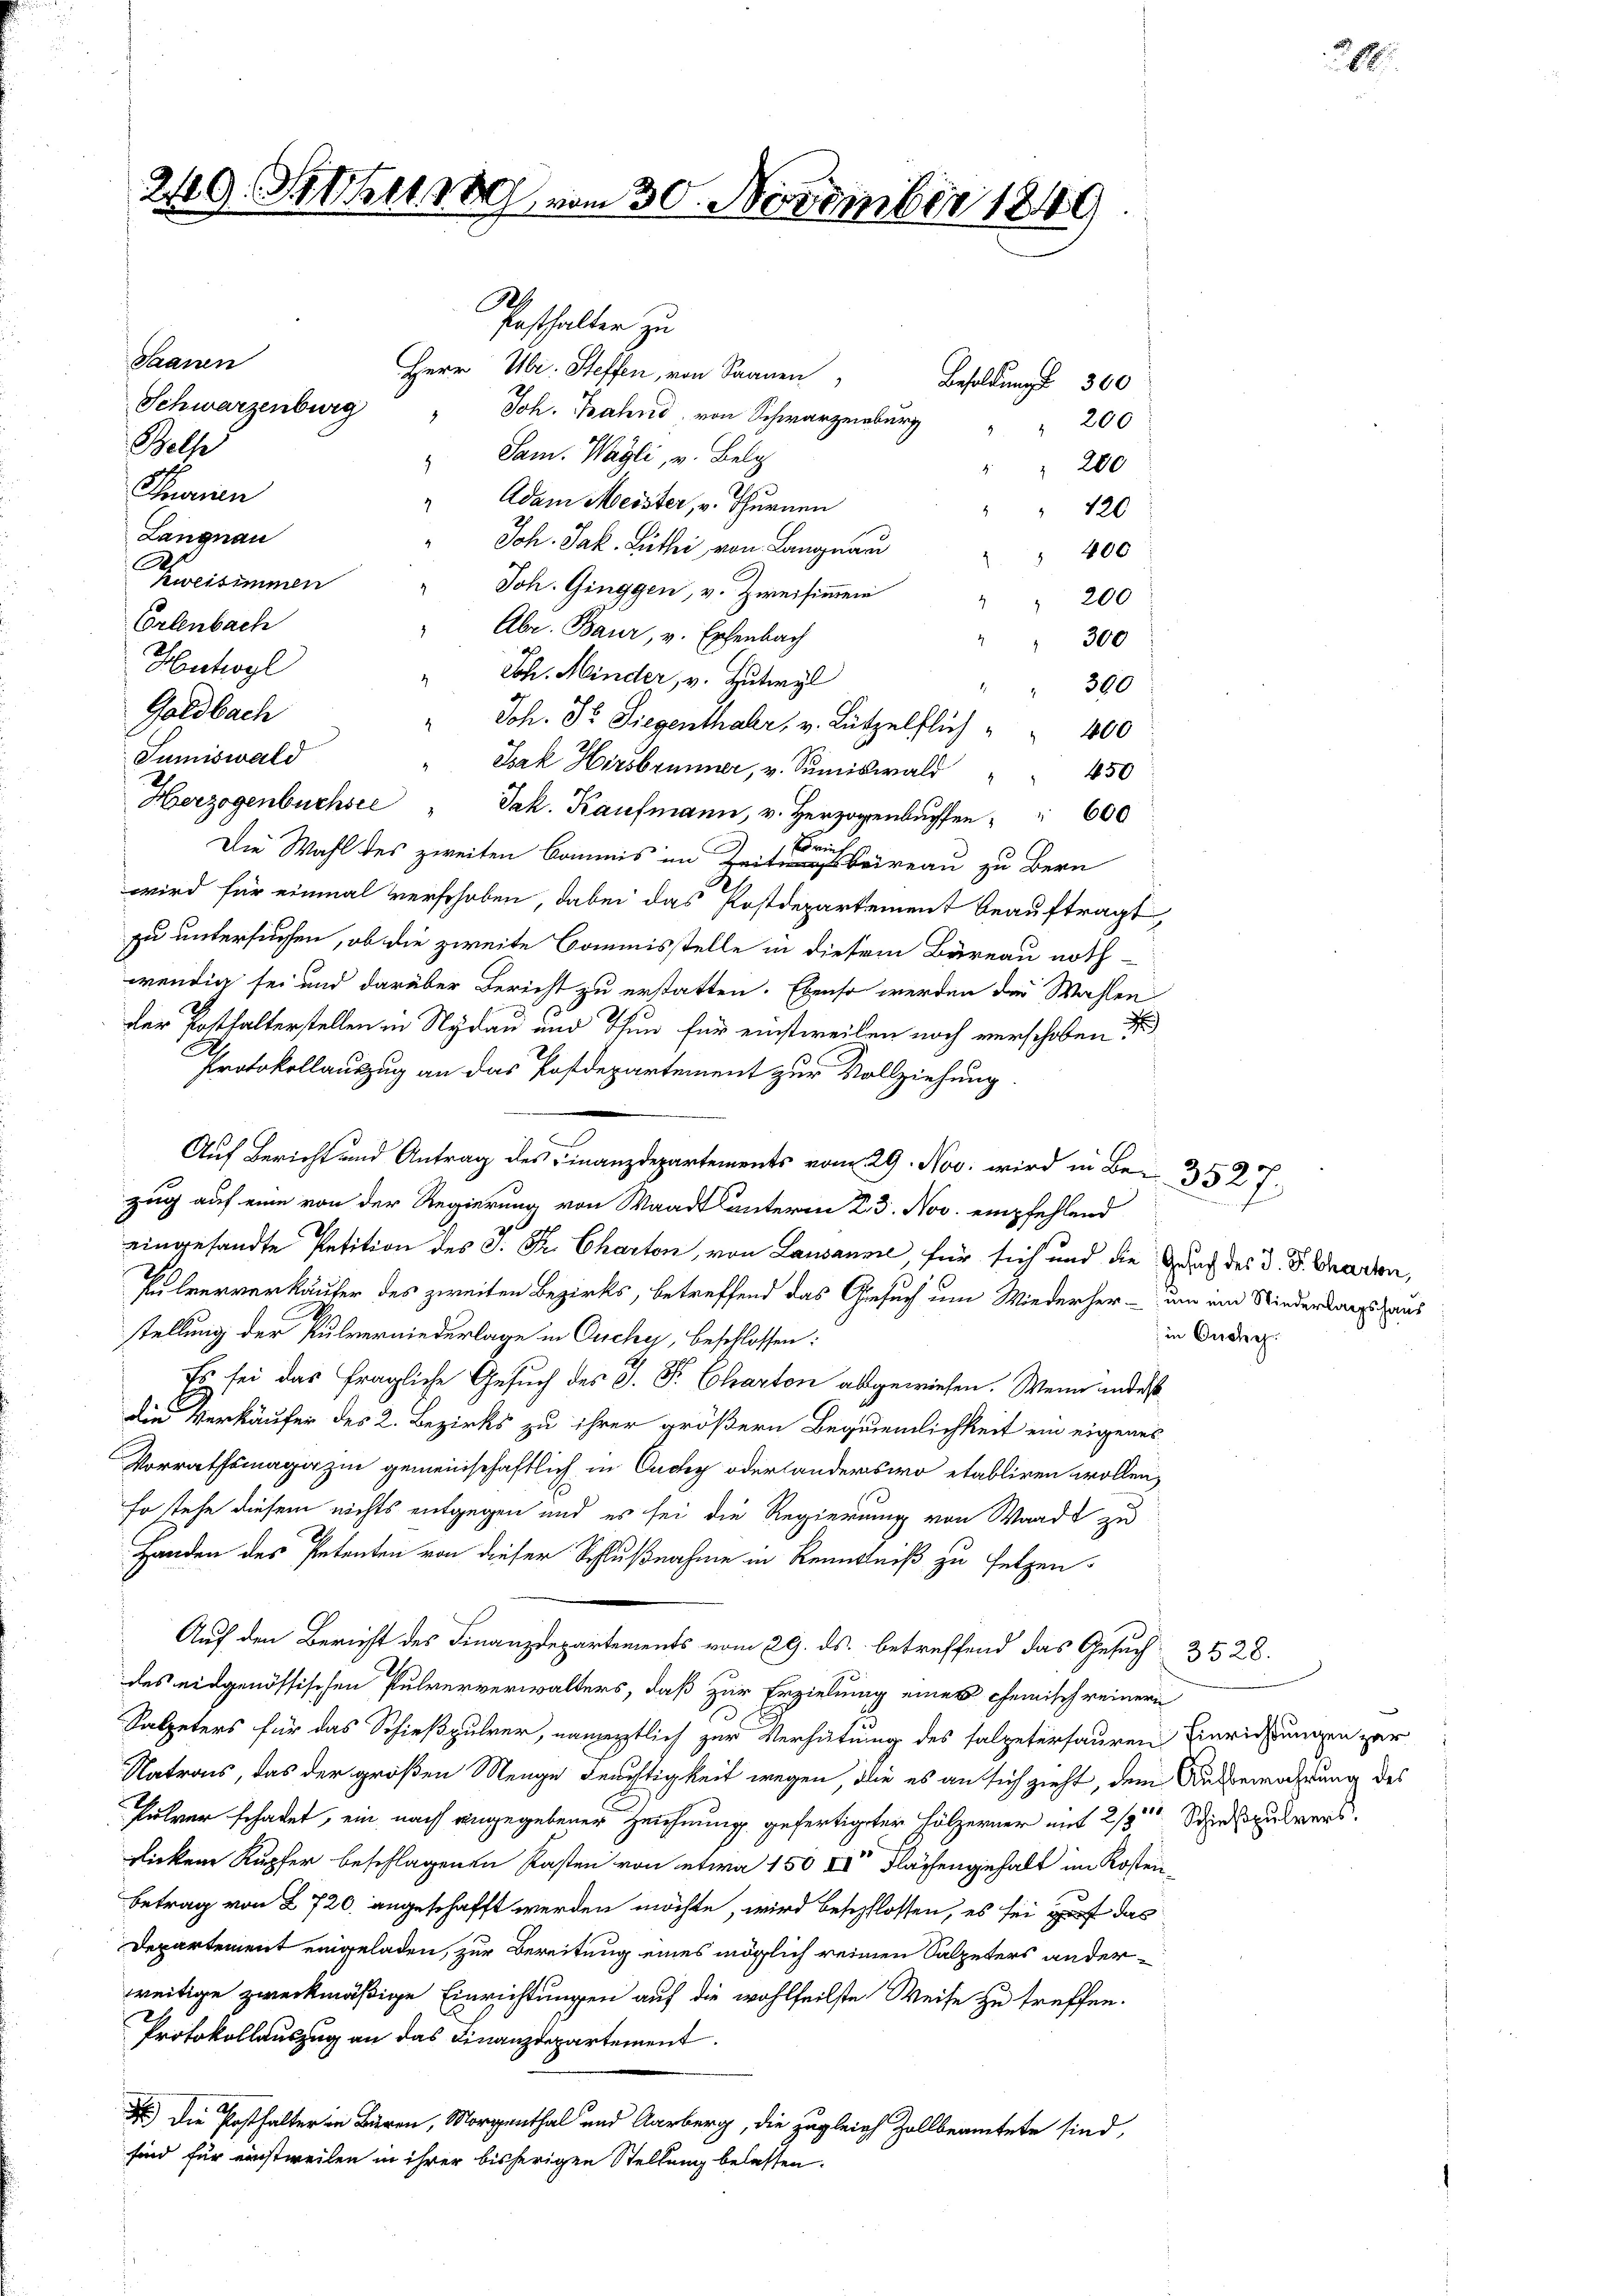
249. Sehr vom 30. November 1849

R
Posthalter zu
Saanen
Herr Ubr. Steffen, von Saanen
Besoldung 360
Schwarzenburg " Joh. Bahn von Schwarze " " 200
Belse
Sam. Wagli, v. Belg
" " 200
Tuorien
 Adam Meister, v. Thurnen
" 120
Langnau
Joh. Jak. Luthei von Langnau
" 400
Re
kweisimmen
Joh. Ginggen, v. Zweisimmen
200
.
.
Orlenbach
Abe. Baur, v. Ephenbach
" " 300
d
Huhogl
" Joh. Minder, v. Hutwyl
" 300
Goldbach
" Joh. Dr. Liegenthaler, v. Lützelflich
1800
Jumiswald
" Isak Hirsbrunner, v. Sumiswald " " 450
2
Herzogenbuchste
Jak. Kaufmann, v. Herzogenbuchen " " 600
Die Wahl des zweiten Commis im Zeitereau zu Bern
wird für einmal verschoben, dabei das Postdepartement beauftragt,
zu untersuchen, ob die zweite Commisstelle in diesem Büreau noth-
wendig sei und darüber Bericht zu erstatten. Ebenso werden die Wahlen
der Posthalterstellen in Nydau und Thun für einstweilen noch verschoben d
A
Protokollauszug an das Postdepartement zur Vollziehung
.
eingesandte Petition des J. Dr. Charten, von Lausanne, für sich und die Zunf des d. d. Graden,
Pulververkäufer des zweiten Bezirks, betreffend das Gesuch um Wiederher- um ein Niederlagshaus
stellung der Pulverniederlage in Ouchy, beschlossen:
Es sei das fragliche Gesuch des J. P. Charten abgewiesen. Wenn indes
die Verkäufer des 2. Bezirks zu ihrer größern Bequemlichkeit ein eigenes
Vorrathsmagazin gemeinschaftlich in Ouchy oder Landerswo etabliren wollen,
so stehe diesem nichts entgegen und es sei die Regierung von Waadt zu
Handen des Petenten von dieser Schlußnahme in Renntniß zu setzen.
Auf den Bericht des Finanzdepartements vom 29. ds. betreffend das Gesuch 3528.
des eidgenössischen Pulververwalters, daß zur Erzielung eines chemisch reinern
1
Salpeters für das Schießpulver, namentlich zur Verhütung des salzetersauren Einrichtungen zur
Natrons, das der großen Menge Feuchtigkeit wegen, die es an sich zieht, dem Aufbewahrung des
Pulver schadet, ein nach angegebener Zeichnung gefertigter Hölzerner mit 2/3 Schießpulvers
ricken Kupfer beschlagenen Kasten von etwa 150 Xr Flächengehalt im Kosten¬
Betrag von § 720. angeschafft werden möchte, wird beschlossen, es sei auf das
Departement eingeladen, zur Bereitung eines möglich reinen Salpeters anderweitige zweckmäßige Einrichtungen auf die wohlfeilste Weise zu treffen.
Protokollauszug an das Finanzdepartement.
) Die Posthalter in Büren, Morgenthal und Aarberg, die zugleich Zollbeamtete sind,
sind für einstweilen in ihrer bisherigen Stellung belassen.

zug auf eine von der Regierung von Waadt unterin 23. Nov. empfehlend

in Buche

1